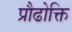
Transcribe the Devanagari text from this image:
प्रौढोक्ति